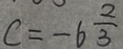
c = - 6 \frac { 2 } { 3 }